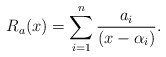
\begin{align*}R_a(x)=\sum_{i=1}^n\frac{a_i}{(x-\alpha_i)}.\end{align*}